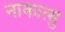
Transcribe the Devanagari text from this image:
नाकात्सु